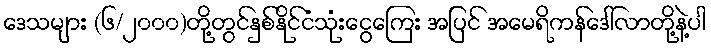
ဒေသများ (၆/၂၀၀၀)တို့တွင်နှစ်နိုင်ငံသုံးငွေကြေး အပြင် အမေရိကန်ဒေါ်လာတို့နဲ့ပါ